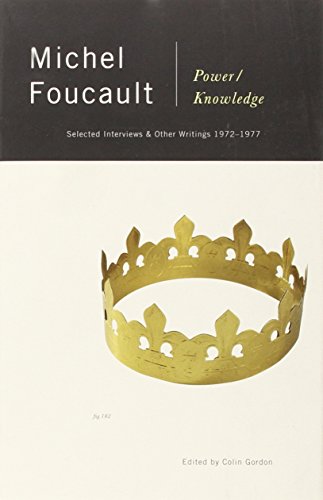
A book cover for Power/Knowledge: Selected Interviews and Other Writings, 1972-1977; Michel Foucault; Politics & Social Sciences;